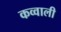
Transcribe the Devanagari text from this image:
कव्‍वाली